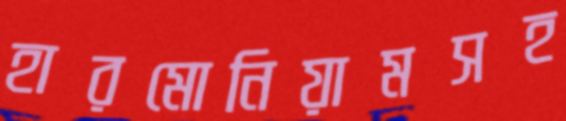
হারমোনিয়ামসহ